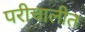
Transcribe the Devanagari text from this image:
परीचालीत